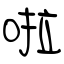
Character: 啦